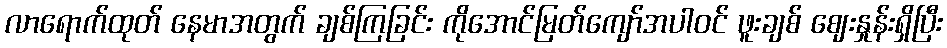
လာရောက်ထုတ် နေမာအတွက် ချစ်ကြခြင်း ကိုအောင်မြတ်ကျော်အပါဝင် ဖူးချစ် ဈေးနှုန်းရှိပြီး